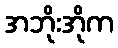
အဘိုးအိုက